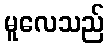
မူလေသည်